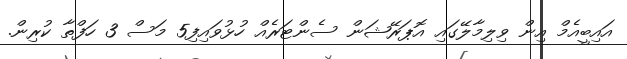
އައިބީއެމް އިން ވިލިމާލޭގައި އޮޕަރޭޝަން ސެންޓަރެއް ހުޅުވައިފި5 މަސް 3 ހަފްތާ ކުރިން.